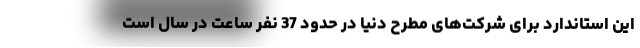
این استاندارد برای شرکت‌های مطرح دنیا در حدود 37 نفر ساعت در سال است